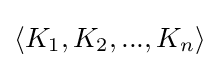
\langle K_{1},K_{2},...,K_{n}\rangle